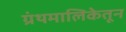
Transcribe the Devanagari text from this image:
ग्रंथमालिकेतून